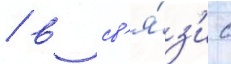
/ в св'я́з'и с